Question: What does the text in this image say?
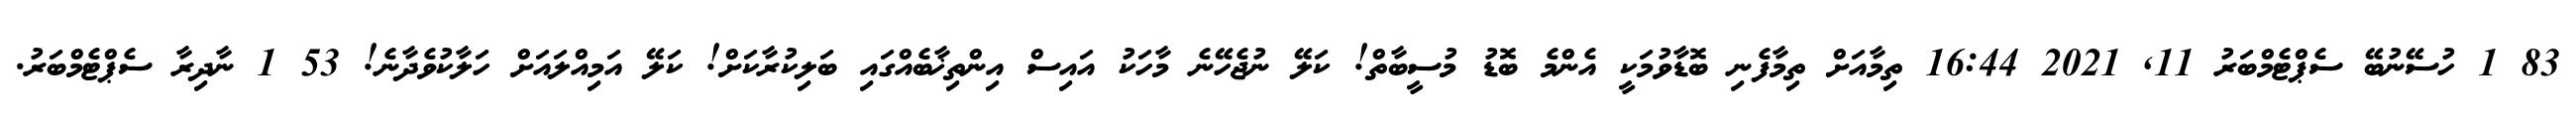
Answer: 83 1 ހުސޭނުބޭ ސެޕްޓެމްބަރު 11, 2021 16:44 ތިމާއަށް ތިމާފެނި ބޮޑާވުމަކީ އެންމެ ބޮޑު މުސީބާތް! ކަލޭ ނުޖެހޭނެ މާހަކު އައިސް އިންތިޚާބެއްގައި ބަލިކުރާކަށް! ކަލޭ އަމިއްލައަށް ހަލާކުވެދާނެ! 53 1 ނާދިރާ ސެޕްޓެމްބަރު.